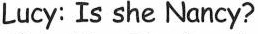
Lucy: Is she Nancy?